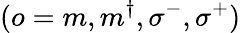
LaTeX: (o=m,m^{\dagger},\sigma^{-},\sigma^{+})